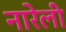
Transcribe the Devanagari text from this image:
नारेली